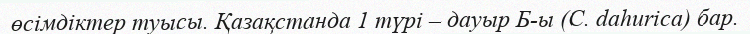
өсімдіктер туысы. Қазақстанда 1 түрі – дауыр Б-ы (С. dahurіca) бар.